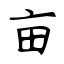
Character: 亩